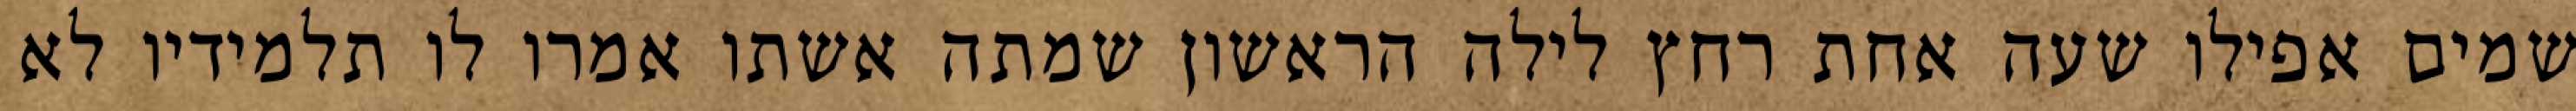
שמים אפילו שעה אחת רחץ לילה הראשון שמתה אשתו אמרו לו תלמידיו לא